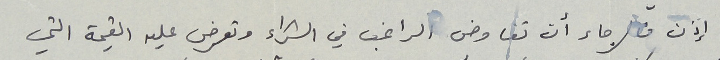
إذن فالرجاء أن تفاوض الراغب في الشراء وتعرض عليه القيمة التي